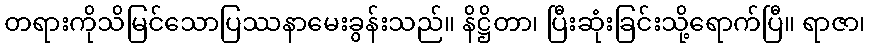
တရားကိုသိမြင်သောပြဿနာမေးခွန်းသည်။ နိဋ္ဌိတာ၊ ပြီးဆုံးခြင်းသို့ရောက်ပြီ။ ရာဇာ၊